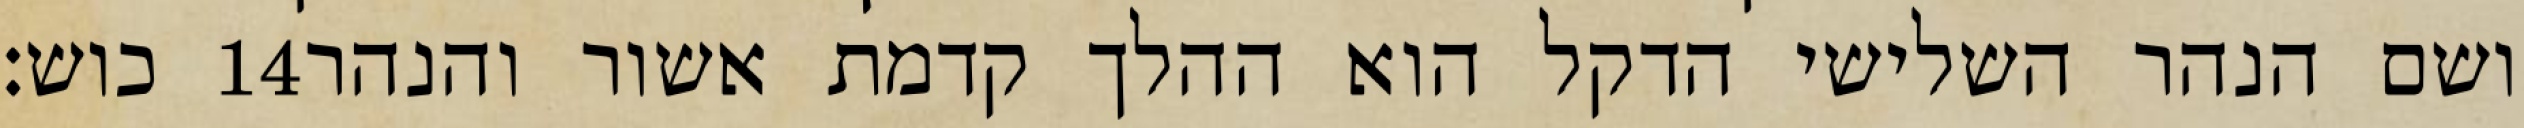
כוש׃ ‎14‏ ושם הנהר השלישי הדקל הוא ההלך קדמת אשור והנהר